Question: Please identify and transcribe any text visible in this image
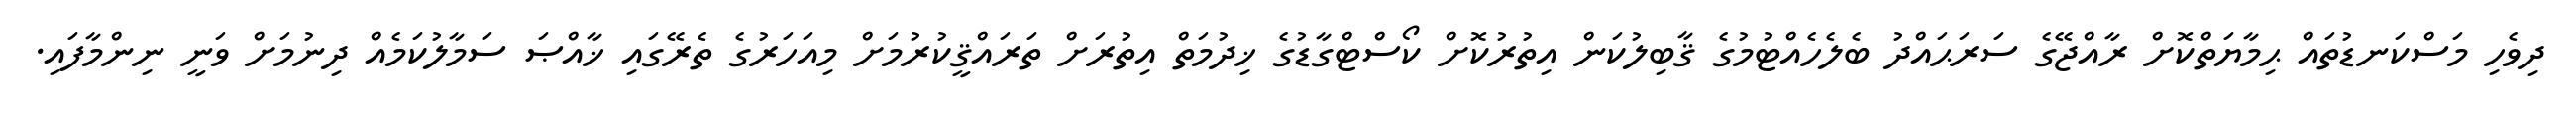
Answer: ދިވެހި މަސްކަނޑުތައް ޙިމާޔަތްކޮށް ރާއްޖޭގެ ސަރަޙައްދު ބެލެހެއްޓުމުގެ ޤާބިލުކަން އިތުރުކޮށް ކޯސްޓްގާޑުގެ ޚިދުމަތް އިތުރަށް ތަރައްޤީކުރުމަށް މިއަހަރުގެ ތެރޭގައި ޚާއްޞަ ސަމާލުކަމެއް ދިނުމަށް ވަނީ ނިންމާފައި.